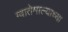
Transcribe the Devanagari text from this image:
ग्वातेमाल्याच्या